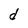
Character: d